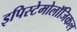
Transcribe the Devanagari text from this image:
इपिस्टेमोलॉजिकल